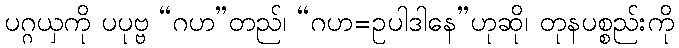
ပဂ္ဂယှကို ပပုဗ္ဗ “ဂဟ”တည်၊ “ဂဟ=ဥပါဒါနေ”ဟုဆို၊ တုနပစ္စည်းကို